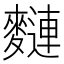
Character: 𪍦